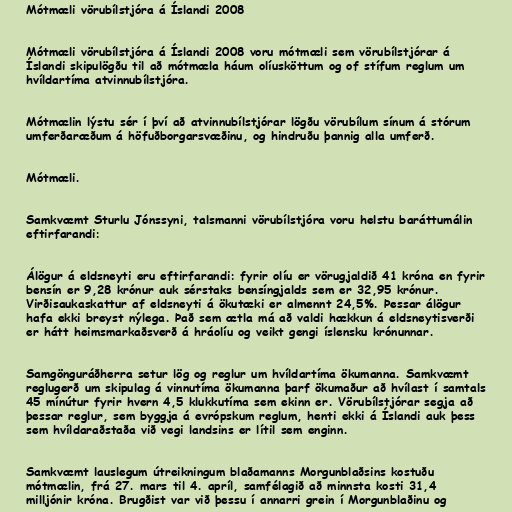
Mótmæli vörubílstjóra á Íslandi 2008

Mótmæli vörubílstjóra á Íslandi 2008 voru mótmæli sem vörubílstjórar á
Íslandi skipulögðu til að mótmæla háum olíusköttum og of stífum reglum um
hvíldartíma atvinnubílstjóra.

Mótmælin lýstu sér í því að atvinnubílstjórar lögðu vörubílum sínum á stórum
umferðaræðum á höfuðborgarsvæðinu, og hindruðu þannig alla umferð.

Mótmæli.

Samkvæmt Sturlu Jónssyni, talsmanni vörubílstjóra voru helstu baráttumálin
eftirfarandi:

Álögur á eldsneyti eru eftirfarandi: fyrir olíu er vörugjaldið 41 króna en fyrir
bensín er 9,28 krónur auk sérstaks bensíngjalds sem er 32,95 krónur.
Virðisaukaskattur af eldsneyti á ökutæki er almennt 24,5%. Þessar álögur
hafa ekki breyst nýlega. Það sem ætla má að valdi hækkun á eldsneytisverði
er hátt heimsmarkaðsverð á hráolíu og veikt gengi íslensku krónunnar.

Samgönguráðherra setur lög og reglur um hvíldartíma ökumanna. Samkvæmt
reglugerð um skipulag á vinnutíma ökumanna þarf ökumaður að hvílast í samtals
45 mínútur fyrir hvern 4,5 klukkutíma sem ekinn er. Vörubílstjórar segja að
þessar reglur, sem byggja á evrópskum reglum, henti ekki á Íslandi auk þess
sem hvíldaraðstaða við vegi landsins er lítil sem enginn.

Samkvæmt lauslegum útreikningum blaðamanns Morgunblaðsins kostuðu
mótmælin, frá 27. mars til 4. apríl, samfélagið að minnsta kosti 31,4
milljónir króna. Brugðist var við þessu í annarri grein í Morgunblaðinu og